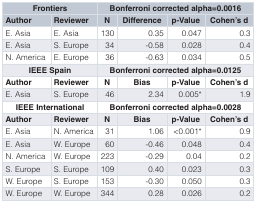
| <COLSPAN=2> Frontiers | <COLSPAN=4> Bonferroni corrected alpha=0.0016 |
 | Author | Reviewer | N | Difference | p-Value | Cohen’s d |
 | --- | --- | --- | --- | --- | --- |
 | E. Asia | E. Asia | 130 | 0.35 | 0.047 | 0.3 |
 | E. Asia | S. Europe | 34 | -0.58 | 0.028 | 0.4 |
 | N. America | E. Europe | 36 | -0.63 | 0.034 | 0.5 |
 | <COLSPAN=2> IEEE Spain | <COLSPAN=4> Bonferroni corrected alpha=0.0125 |
 | Author | Reviewer | N | Bias | p-Value | Cohen’s d |
 | E. Asia | S. Europe | 46 | 2.34 | 0.005* | 1.9 |
 | <COLSPAN=2> IEEE International | <COLSPAN=4> Bonferroni corrected alpha=0.0028 |
 | Author | Reviewer | N | Bias | p-Value | Cohen’s d |
 | E. Asia | N. America | 31 | 1.06 | <0.001* | 0.9 |
 | E. Asia | W. Europe | 60 | -0.46 | 0.048 | 0.4 |
 | N. America | W. Europe | 223 | -0.29 | 0.04 | 0.2 |
 | S. Europe | S. Europe | 109 | 0.40 | 0.023 | 0.3 |
 | W. Europe | S. Europe | 153 | -0.30 | 0.050 | 0.3 |
 | W. Europe | W. Europe | 344 | 0.28 | 0.026 | 0.2 |